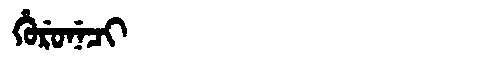
Manchu: ᡥᡠᡵᡠᠨᡝᠴᡳ
Romanization: HURUNECI